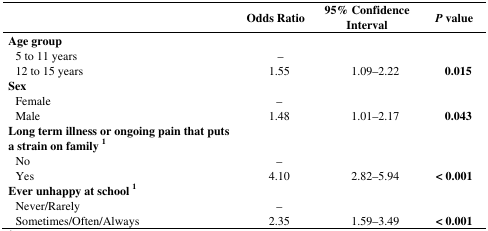
|  | Odds Ratio | 95% Confidence Interval | P value |
 | --- | --- | --- | --- |
 | Age group |  |  |  |
 | 5 to 11 years | – |  |  |
 | 12 to 15 years | 1.55 | 1.09–2.22 | 0.015 |
 | Sex |  |  |  |
 | Female | – |  |  |
 | Male | 1.48 | 1.01–2.17 | 0.043 |
 | Long term illness or ongoing pain that puts a strain on family 1 |  |  |  |
 | No | – |  |  |
 | Yes | 4.10 | 2.82–5.94 | < 0.001 |
 | Ever unhappy at school 1 |  |  |  |
 | Never/Rarely | – |  |  |
 | Sometimes/Often/Always | 2.35 | 1.59–3.49 | < 0.001 |